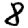
Digit: 8